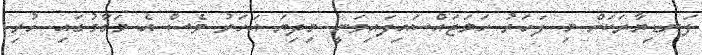
ފަނޑިޔާރަކަށް މި ފަހަރު ހަމަޖައްސައިފައިވަނީ މިދިޔަ އަހަރު ވެސް އެ މަގާމުގައި ހުރި